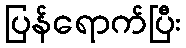
ပြန်ရောက်ပြီး